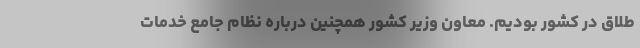
طلاق در کشور بودیم. معاون وزیر کشور همچنین درباره نظام جامع خدمات